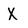
Character: X